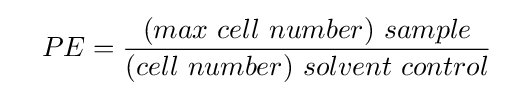
\quad PE={(max\ cell\ number)\ sample \over (cell\ number)\ solvent\ control}